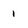
Character: I